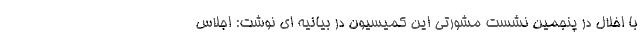
با اخلال در پنجمین نشست مشورتی این کمیسیون در بیانیه ای نوشت: اجلاس